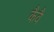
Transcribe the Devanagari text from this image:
कैवै